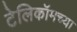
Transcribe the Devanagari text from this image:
टेलिकॉमच्या